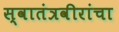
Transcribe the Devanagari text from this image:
स्वातंत्रवीरांचा